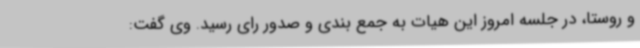
و روستا، در جلسه امروز این هیات به جمع بندی و صدور رای رسید. وی گفت: